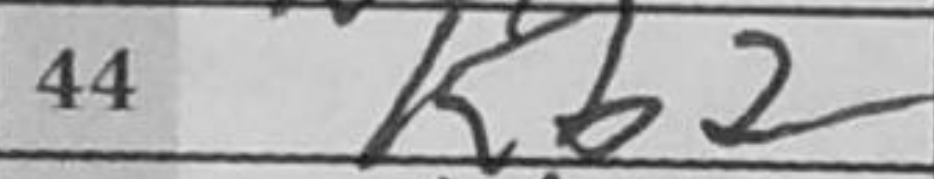
Transcription: Kb2